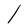
Character: l